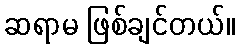
ဆရာမ ဖြစ်ချင်တယ်။